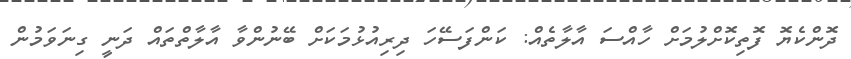
ދޮންކެޔޮ ފޮތިކޮށްލުމަށް ހާއްސަ އާލާތެއް: ކަންފަސޭހަ ދިރިއުޅުމަކަށް ބޭނުންވާ އާލާތްތައް ދަނީ ގިނަވަމުން